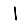
Digit: 1